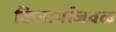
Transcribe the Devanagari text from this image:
किनार्याजवळ